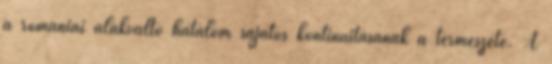
a romániai alakváltó hatalom sajátos kontinuitásának a természete. A